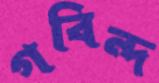
গবিন্দ